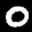
Label: 0